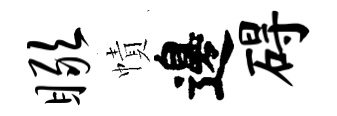
瞰幘邊碍